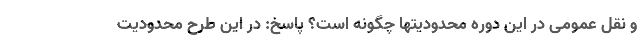
و نقل عمومی در این دوره محدودیتها چگونه است؟ پاسخ: در این طرح محدودیت